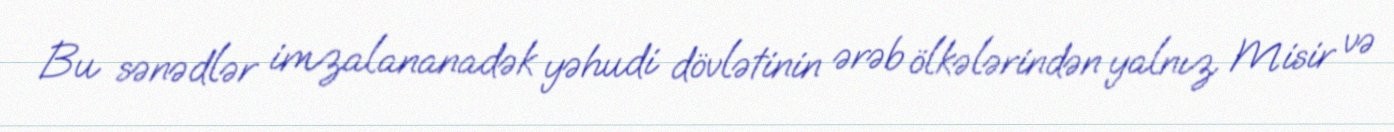
Bu sənədlər imzalananadək yəhudi dövlətinin ərəb ölkələrindən yalnız Misir və